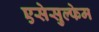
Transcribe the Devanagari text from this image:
एसेसुल्फेम